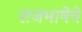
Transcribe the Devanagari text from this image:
राजभाषेचे